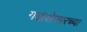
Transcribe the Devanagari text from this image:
गडाशेजारच्या